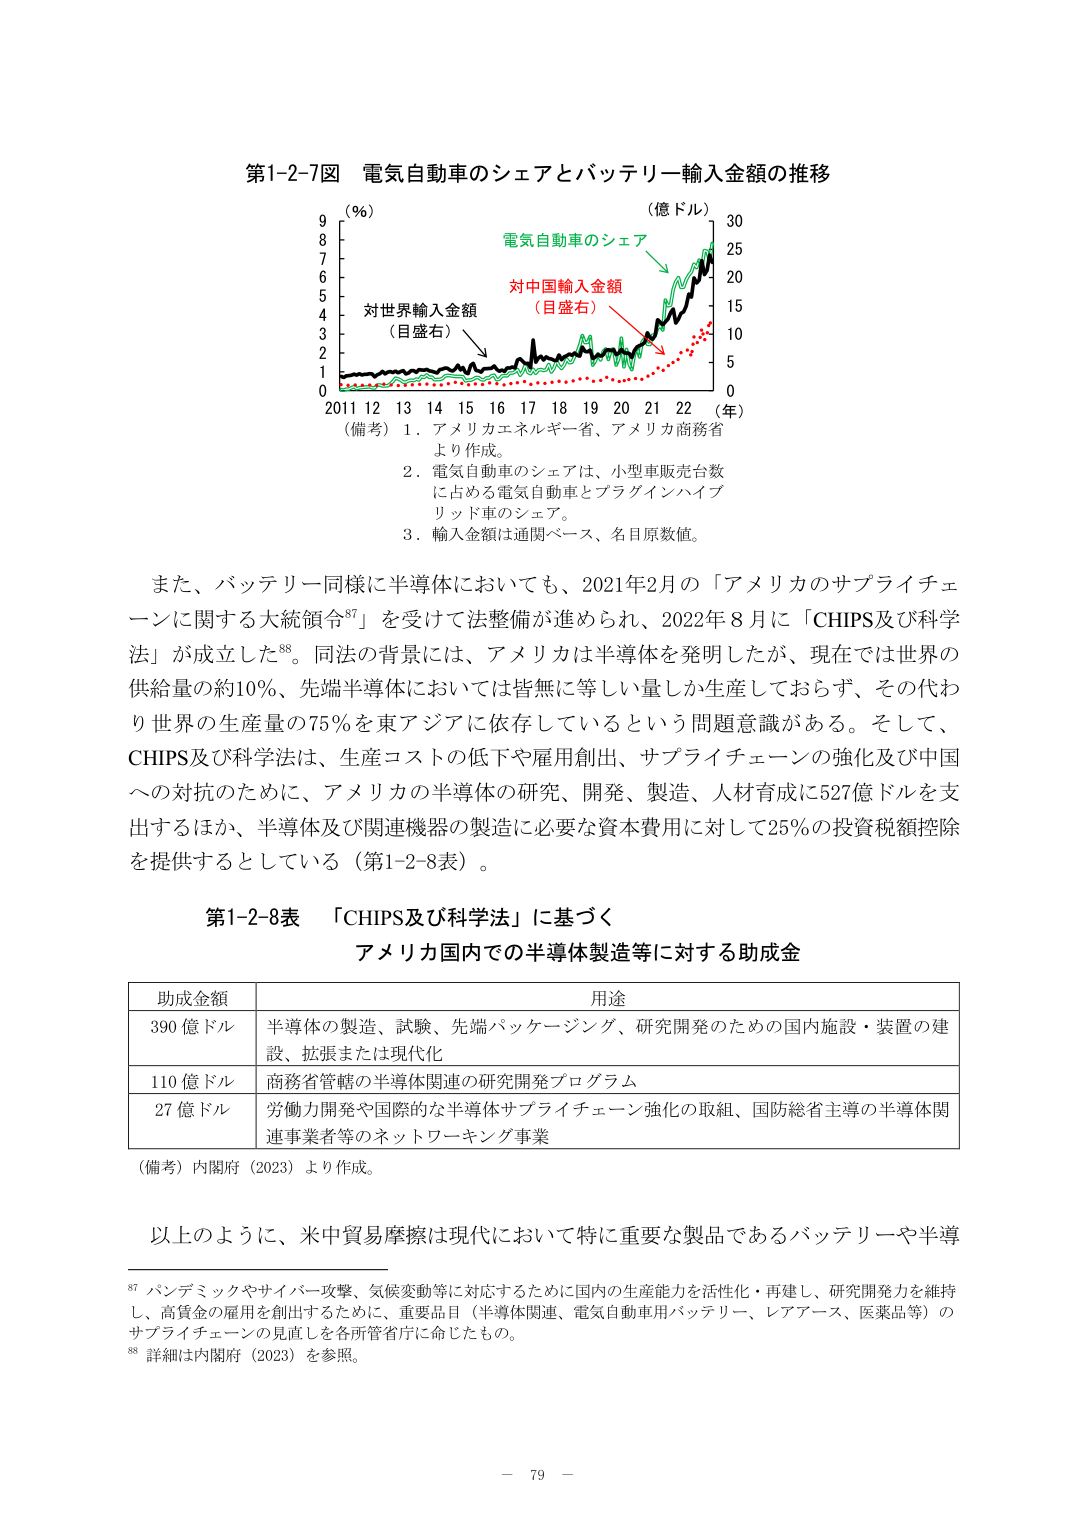
第1-2-7図 電気自動車のシェアとバッテリー輸入金額の推移

（％）　　　　　　　　　　　　　　　　（億ドル）
　　　　　　　　　　　　　　　　　　　　30
　　　　　　　　　　　　　　　　　　　　25
　　　　　　　　　　　　　　　　　　　　20
　　　　　　　　　　　　　　　　　　　　15
　　　　　　　　　　　　　　　　　　　　10
　　　　　　　　　　　　　　　　　　　　5
　　　　　　　　　　　　　　　　　　　　0
　　　　　　　　　　　　　　　　　　　　0
　　　　　　　　　　　　　　　　　　　　1
　　　　　　　　　　　　　　　　　　　　2
　　　　　　　　　　　　　　　　　　　　3
　　　　　　　　　　　　　　　　　　　　4
　　　　　　　　　　　　　　　　　　　　5
　　　　　　　　　　　　　　　　　　　　6
　　　　　　　　　　　　　　　　　　　　7
　　　　　　　　　　　　　　　　　　　　8
　　　　　　　　　　　　　　　　　　　　9
　　　　　　　　　　　　　　　　　　　　2011 12 13 14 15 16 17 18 19 20 21 22 （年）

（備考）1．アメリカエネルギー省、アメリカ商務省
　　　　より作成。
　　　　2．電気自動車のシェアは、小型車販売台数
　　　　　に占める電気自動車とプラグインハイブ
　　　　　リッド車のシェア。
　　　　3．輸入金額は通関ベース、名目原数値。

電気自動車のシェア
対中国輸入金額
（目盛右）
対世界輸入金額
（目盛右）

また、バッテリー同様に半導体においても、2021年2月の「アメリカのサプライチェーンに関する大統領令⁸⁷」を受けて法整備が進められ、2022年8月に「CHIPS及び科学法」が成立した⁸⁸。同法の背景には、アメリカは半導体を発明したが、現在では世界の供給量の約10％、先端半導体においては皆無に等しい量しか生産しておらず、その代わり世界の生産量の75％を東アジアに依存しているという問題意識がある。そして、CHIPS及び科学法は、生産コストの低下や雇用創出、サプライチェーンの強化及び中国への対抗のために、アメリカの半導体の研究、開発、製造、人材育成に527億ドルを支出するほか、半導体及び関連機器の製造に必要な資本費用に対して25％の投資税額控除を提供するとしている（第1-2-8表）。

第1-2-8表 「CHIPS及び科学法」に基づく
アメリカ国内での半導体製造等に対する助成金

助成金額　　　　　　　　　　　　　　　用途
390億ドル　　　　　　　半導体の製造、試験、先端パッケージング、研究開発のための国内施設・装置の建設、拡張または現代化
110億ドル　　　　　　　商務省管轄の半導体関連の研究開発プログラム
27億ドル　　　　　　　　労働力開発や国際的な半導体サプライチェーン強化の取組、国防総省主導の半導体関連事業者等のネットワーキング事業

（備考）内閣府（2023）より作成。

以上のように、米中貿易摩擦は現代において特に重要な製品であるバッテリーや半導

⁸⁷ パンデミックやサイバー攻撃、気候変動等に対応するために国内の生産能力を活性化・再建し、研究開発力を維持し、高賃金の雇用を創出するために、重要品目（半導体関連、電気自動車用バッテリー、レアアース、医薬品等）のサプライチェーンの見直しを各所管省庁に命じたもの。
⁸⁸ 詳細は内閣府（2023）を参照。

－ 79 －